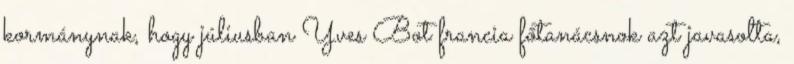
kormánynak, hogy júliusban Yves Bot francia főtanácsnok azt javasolta,